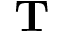
\ensuremath { \mathbf { T } }